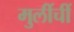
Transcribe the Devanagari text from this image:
मुलींचीं